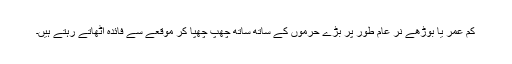
کم عمر یا بوڑھے نر عام طور پر بڑے حرموں کے ساتھ ساتھ چھپ چھپا کر موقعے سے فائدہ اٹھاتے رہتے ہیں۔